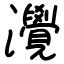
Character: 灚